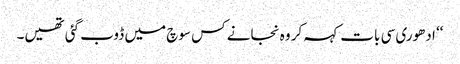
‘‘ ادھوری سی بات کہہ کر وہ نجانے کس سوچ میں ڈوب گئی تھیں۔